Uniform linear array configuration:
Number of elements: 64
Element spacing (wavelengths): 0.25
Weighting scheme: exponential
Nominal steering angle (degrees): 15
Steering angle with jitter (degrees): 13.901
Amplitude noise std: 0.05
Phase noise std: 0.05

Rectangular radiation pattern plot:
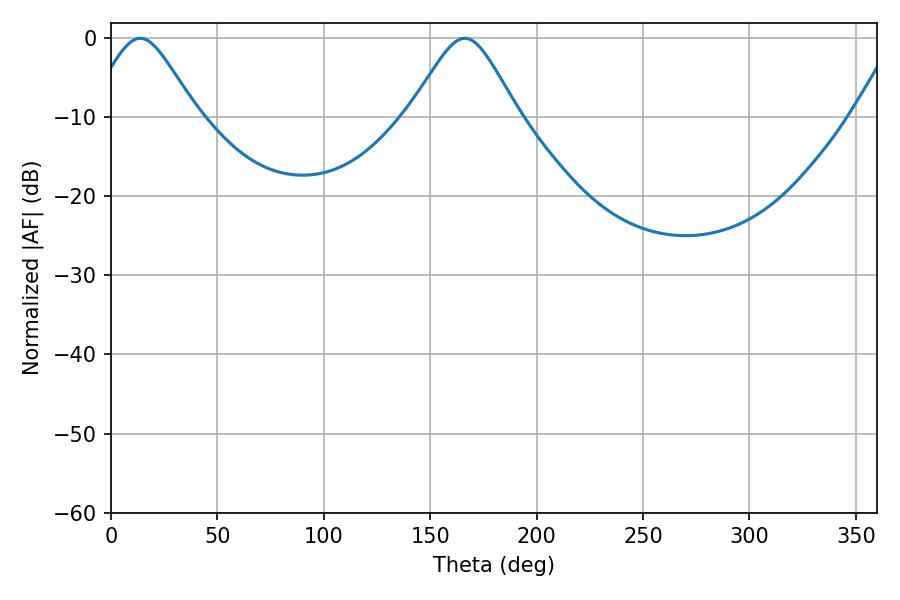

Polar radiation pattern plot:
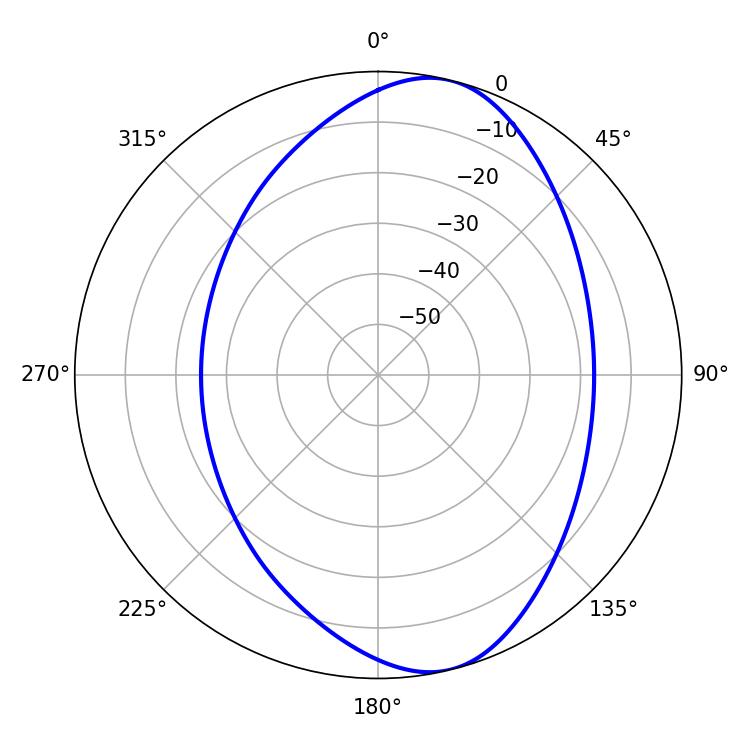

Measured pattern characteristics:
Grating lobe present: FALSE
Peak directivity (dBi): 8.743
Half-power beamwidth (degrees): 24.66
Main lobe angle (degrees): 13.68